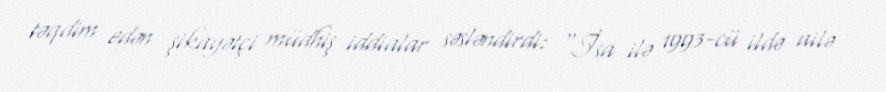
təqdim edən şikayətçi müdhiş iddialar səsləndirdi: “İsa ilə 1993-cü ildə ailə